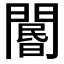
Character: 𨵽